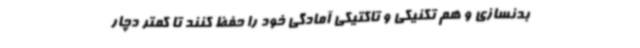
بدنسازی و هم تکنیکی و تاکتیکی آمادگی خود را حفظ کنند تا کمتر دچار